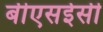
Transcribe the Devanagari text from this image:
बीएसईसी